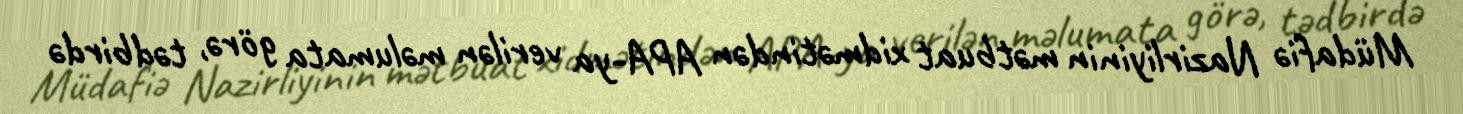
Müdafiə Nazirliyinin mətbuat xidmətindən APA-ya verilən məlumata görə, tədbirdə